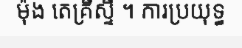
ម៉ុង តេគ្រីស្ទី ។ ការប្រយុទ្ធ